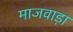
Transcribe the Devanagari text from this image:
माजवाड़ा